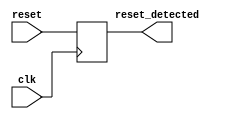
module sync_reset_detector (
    input wire clk,          // Clock signal
    input wire reset,        // Synchronous reset signal
    output reg reset_detected // Output indicating reset state
);

// Always block triggered on the rising edge of the clock
always @(posedge clk) begin
    // Check the state of the reset signal
    reset_detected <= reset; // Synchronize the reset signal with the clock
end

endmodule